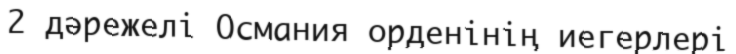
2 дәрежелі Османия орденінің иегерлері